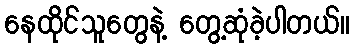
နေထိုင်သူတွေနဲ့ တွေ့ဆုံခဲ့ပါတယ်။